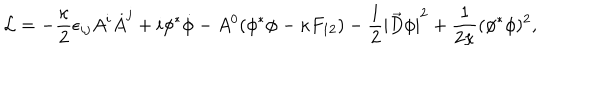
{ \cal L } = - { \frac { \kappa } { 2 } } \epsilon _ { i j } A ^ { i } \dot { A } ^ { j } + i \phi ^ { * } \dot { \phi } - A ^ { 0 } ( \phi ^ { * } \phi - \kappa F _ { 1 2 } ) - { \frac { 1 } { 2 } } { | { \vec { D } } \phi | } ^ { 2 } + { \frac { 1 } { 2 \kappa } } ( \phi ^ { * } \phi ) ^ { 2 } ,